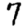
Digit: 7